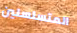
المتسلسلين